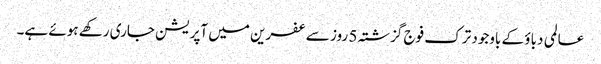
عالمی دباؤ کے باوجود ترک فوج گزشتہ 5 روز سے عفرین میں آپریشن جاری رکھے ہوئے ہے۔